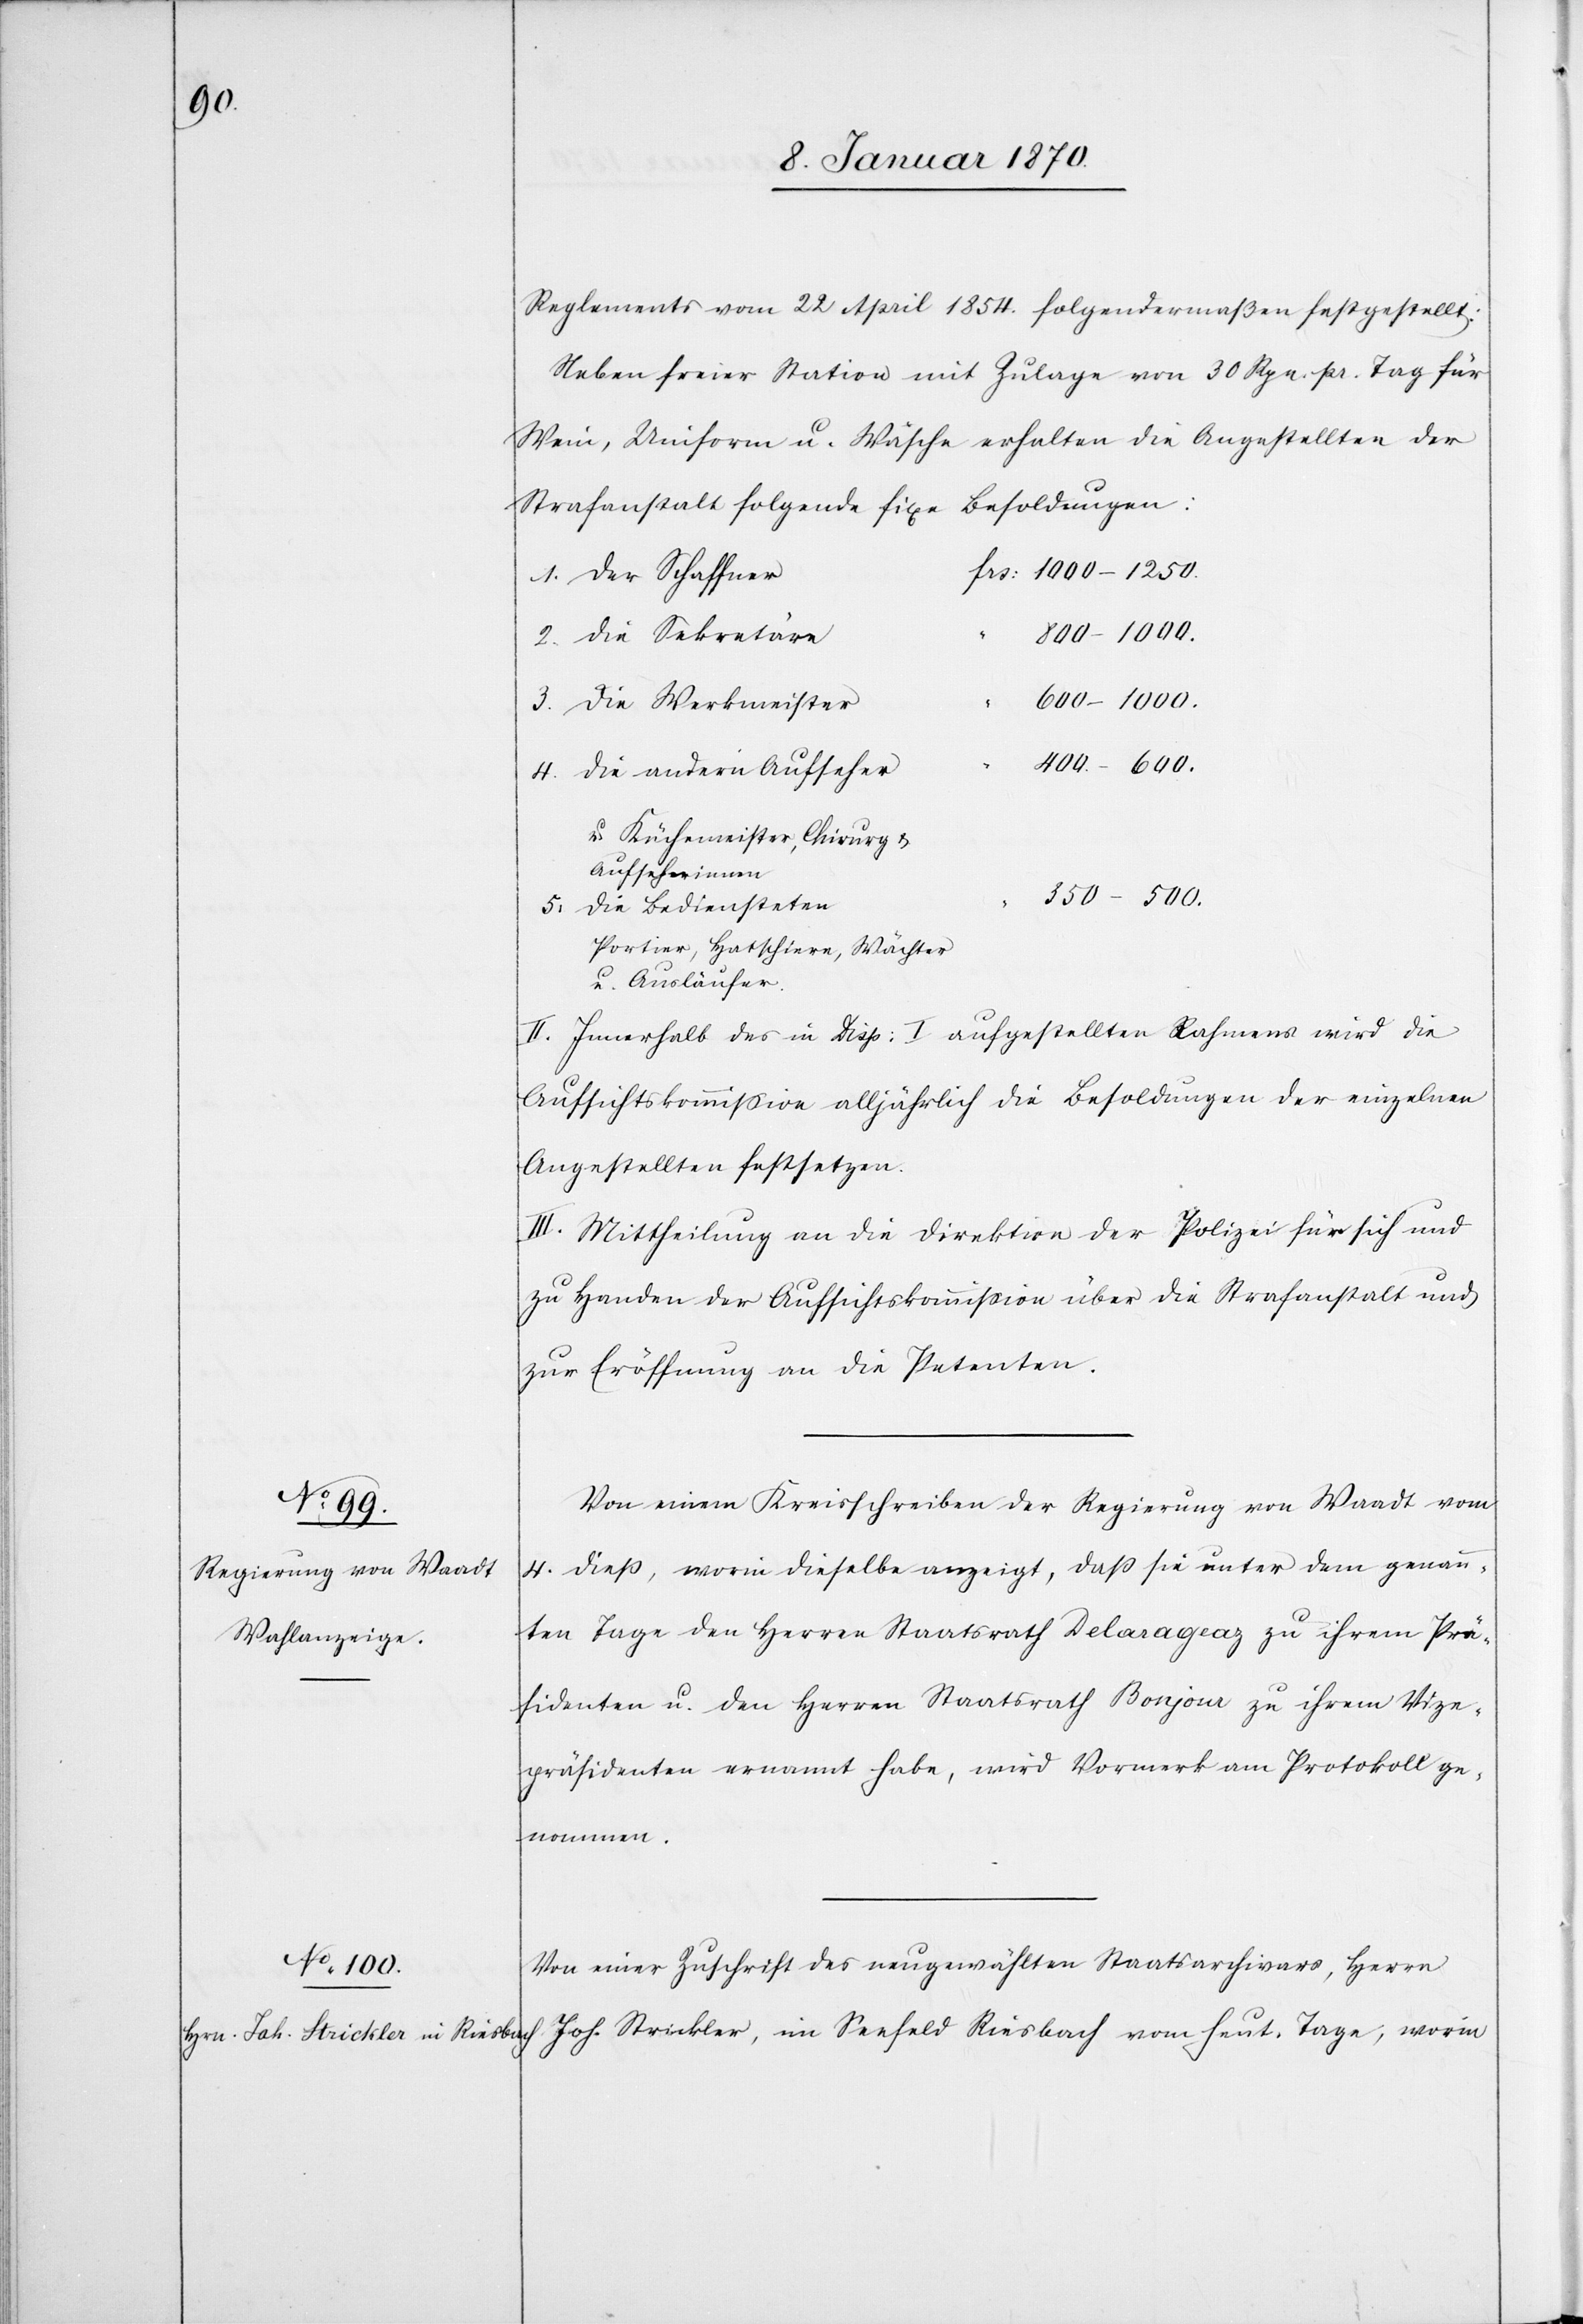
Reglements vom 22 April 1854. folgendermaßen festgestellt:
Neben freier Station mit Zulage von 30 Rpn. pr. Tag für
Wein, Uniform u. Wäsche erhalten die Angestellten der
Strafanstalt folgende fixe Besoldungen:
Der Schaffner
600–1000.
heut.
400 – 600.
Die andern Aufseher
u. Küchemeister, Chirurg u.
Aufseherinnen
350 – 500.
rin
Die Bediensteten
Portier, Hatschiere, Wächter
u. Ausläufer.
II. Innerhalb des in Disp: I aufgestellten Rahmens wird die
Aufsichtskommission alljährlich die Besoldung der einzelnen
Angestellten festsetzen.
III. Mittheilung an die Direktion der Polizei für sich und
zu Handen der Aufsichtskommission über die Strafanstalt und
zur Eröffnung an die Petenten.
Von einem Kreisschreiben der Regierung von Waadt vom
4. dieß, worin dieselbe angezeigt, daß sie unter dem genann¬
ten Tage den Herren Staatsrath Delarageaz zu ihrem Prä¬
sidenten u. den Herren Staatsrath Bonjour zu ihrem Vize¬
präsidenten ernannt habe, wird Vormerk am Protokoll ge¬
nommen.
Von einer Zuschrift des neugewählten Staatsarchivars, Herrn